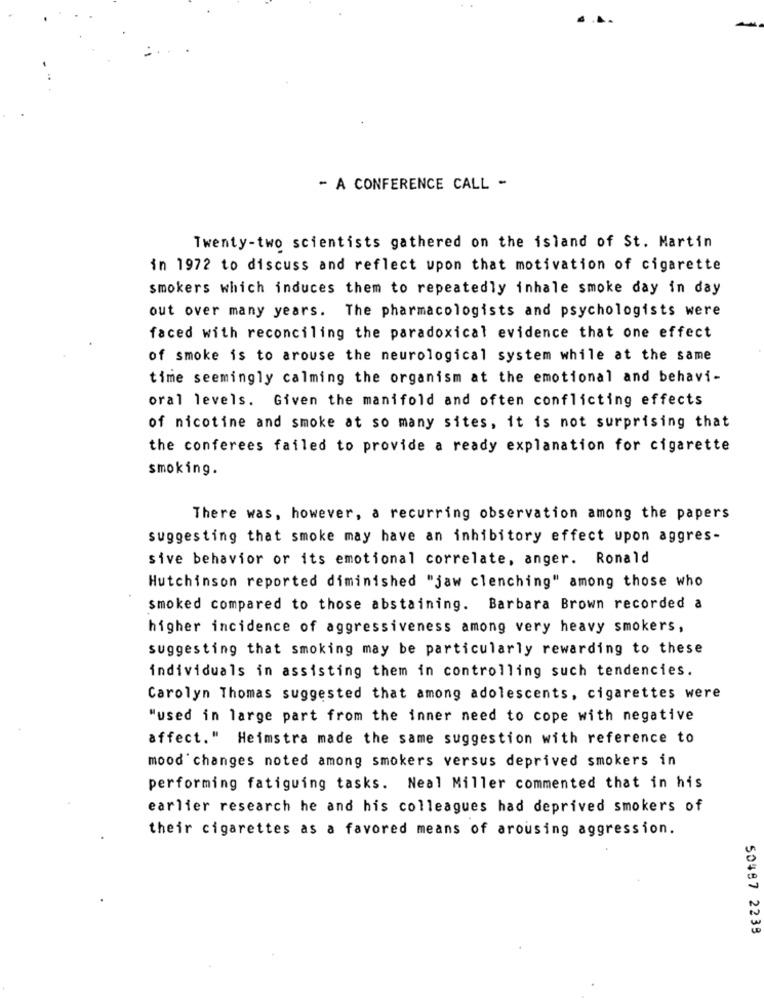
- A CONFERENCE CALL -
Twenty-two scientists gathered on the island of St. Martin
in 1972 to discuss and reflect upon that motivation of cigarette
smokers which induces them to repeatedly inhale smoke day in day
out over many years. The pharmacologists and psychologists were
faced with reconciling the paradoxical evidence that one effect
of smoke is to arouse the neurological system while at the same
time seemingly calming the organism at the emotional and behavi-
oral levels. Given the manifold and often conflicting effects
of nicotine and smoke at so many sites, it is not surprising that
the conferees failed to provide a ready explanation for cigarette
smoking.
There was, however, a recurring observation among the papers
suggesting that smoke may have an inhibitory effect upon aggres-
sive behavior or its emotional correlate, anger. Ronald
Hutchinson reported diminished "jaw clenching" among those who
smoked compared to those abstaining. Barbara Brown recorded a
higher incidence of aggressiveness among very heavy smokers,
suggesting that smoking may be particularly rewarding to these
individuals in assisting them in controlling such tendencies.
Carolyn Thomas suggested that among adolescents, cigarettes were
"used in large part from the inner need to cope with negative
affect." Heimstra made the same suggestion with reference to
mood'changes noted among smokers versus deprived smokers in
performing fatiguing tasks. Neal Miller commented that in his
earlier research he and his colleagues had deprived smokers of
their cigarettes as a favored means of arousing aggression.
50487 2239